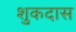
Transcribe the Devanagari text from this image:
शुकदास